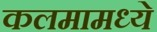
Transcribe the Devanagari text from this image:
कलमामध्ये